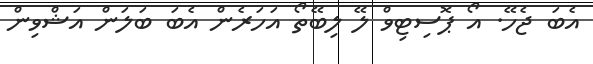
އެބަ ޖެހޭ. އޯ ޕޮސިޓިވް ލޭ ލިބޭތޯ އަހަރެން އެބަ ބަލަން އަޝްވިން